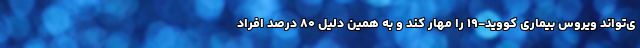
ی‌تواند ویروس بیماری کووید-۱۹ را مهار کند و به همین دلیل ۸۰ درصد افراد